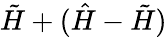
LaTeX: \tilde{H}+(\hat{H}-\tilde{H})